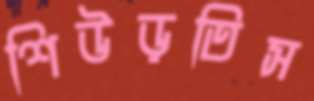
শিউড়তিস